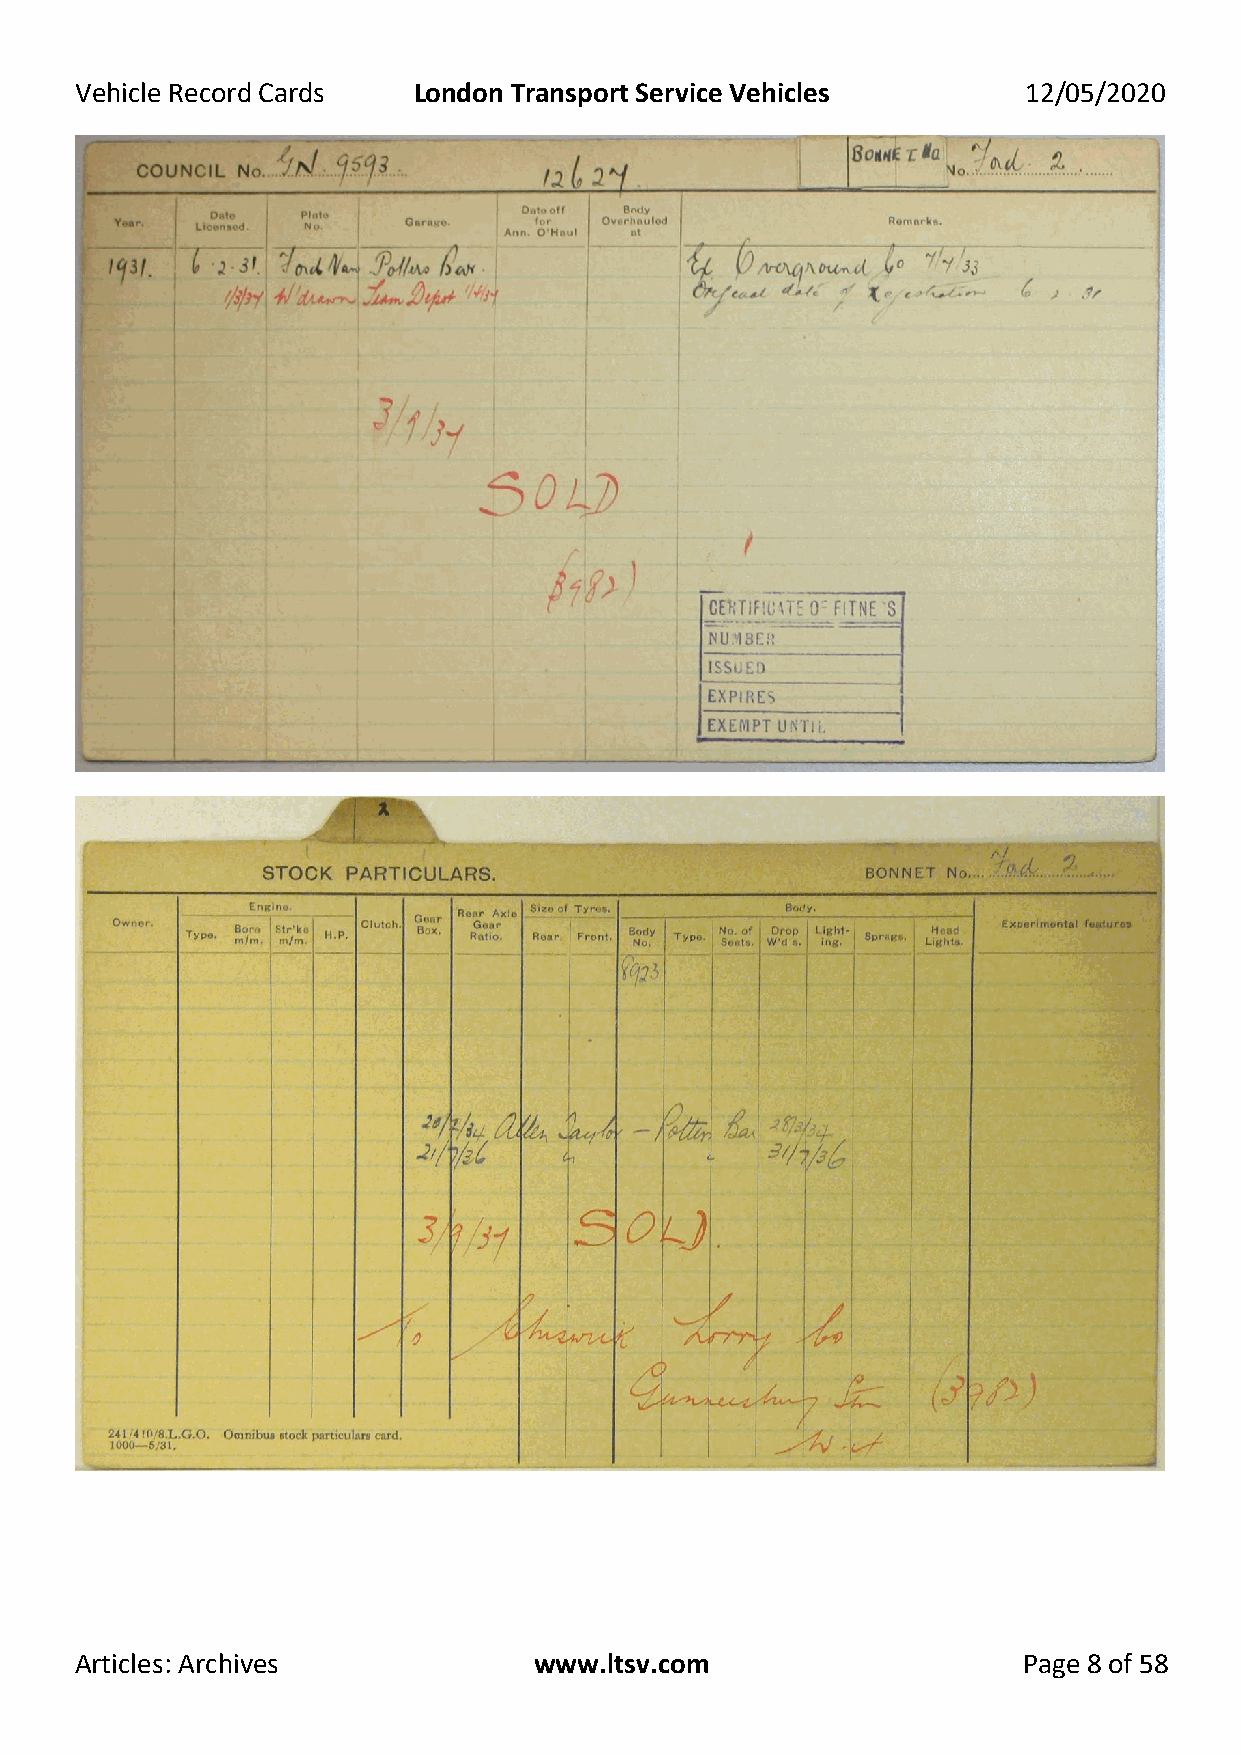
Vehicle Record Cards  London Transport Service Vehicles        12/05/2020
 Articles: Archives            www.ltsv.com                     Page 8 of 58